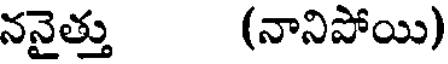
ననైత్తు (నానిపోయి)